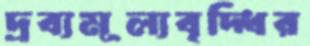
দ্রব্যমূল্যবৃদ্ধির